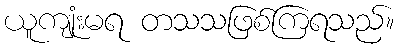
ယူကျုံးမရ တသသဖြစ်ကြရသည်။